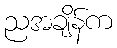
ညအချိန်က